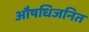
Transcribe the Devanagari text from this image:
औषधिजनित